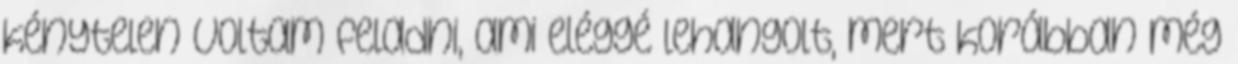
kénytelen voltam feladni, ami eléggé lehangolt, mert korábban még